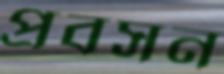
প্রবসন